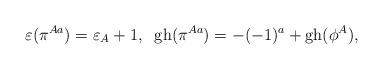
\begin{align*}\varepsilon(\pi^{Aa})=\varepsilon_A+1,\;\; {\rm gh}(\pi^{Aa})=-(-1)^a+{\rm gh}(\phi^A),\end{align*}